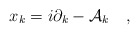
\begin{align*}x_k = i\partial _k - {\cal A }_{k}~~~,\end{align*}